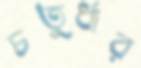
চতুর্ধার